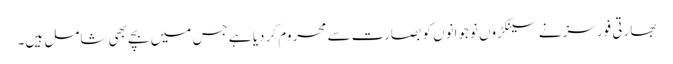
بھارتی فورسز نے سینکڑوں نوجوانوں کو بصارت سے محروم کر دیا ہے جس میں بچے بھی شامل ہیں۔